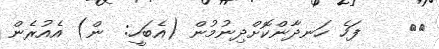
٥٠    ފަހެ ހަނދާންކޮށްދިނުމުން (އެބަހީ:  ން) އެއުރެން